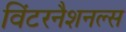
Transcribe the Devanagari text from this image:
विंटरनैशनल्स